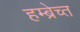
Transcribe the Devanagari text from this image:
हम्ब्रेच्त